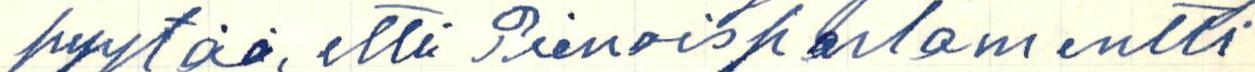
pyytää, että Pienoisparlamentti